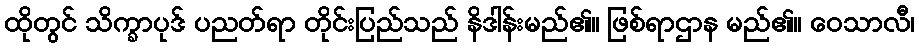
ထိုတွင် သိက္ခာပုဒ် ပညတ်ရာ တိုင်းပြည်သည် နိဒါန်းမည်၏။ ဖြစ်ရာဌာန မည်၏။ ဝေသာလီ၊